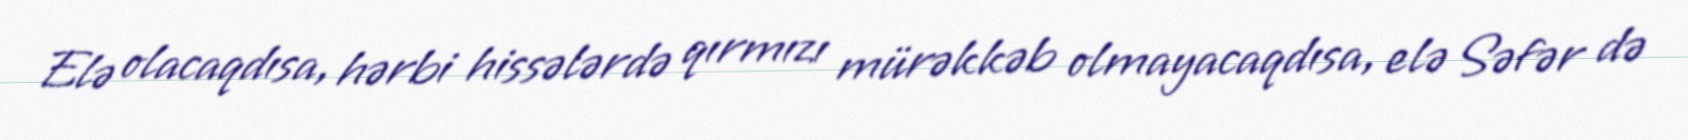
Elə olacaqdısa, hərbi hissələrdə qırmızı mürəkkəb olmayacaqdısa, elə Səfər də